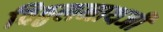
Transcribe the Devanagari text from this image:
विठ्ठलनाथजी